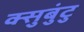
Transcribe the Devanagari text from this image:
क्सुबुंटु